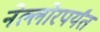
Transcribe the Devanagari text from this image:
नेल्लोरपर्यंत